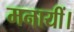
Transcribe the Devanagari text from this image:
मनायीं।